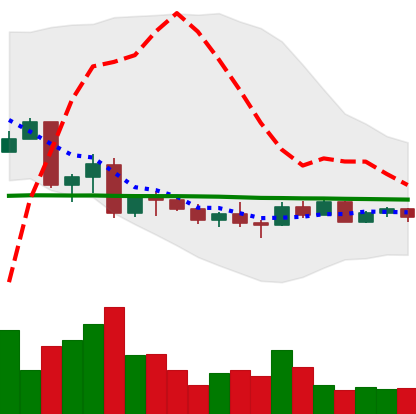
Ticker: EOS-USD
Chart end date: 2022-10-05
Forward return: -11.891%
Label: down_7plus